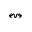
\leftrightsquigarrow